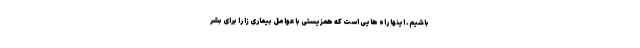
باشیم. اینها راه هایی است که همزیستی با عوامل بیماری زا را برای بشر